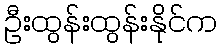
ဦးထွန်းထွန်းနိုင်က